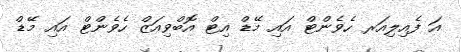
އަ ފެއިލިއަރ ހެވެންޓް އައި މޭޑް އިޓް އޮބްވިއަޒް ހެވެންޓް އައި މޭޑް